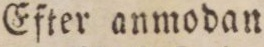
Efter anmodan